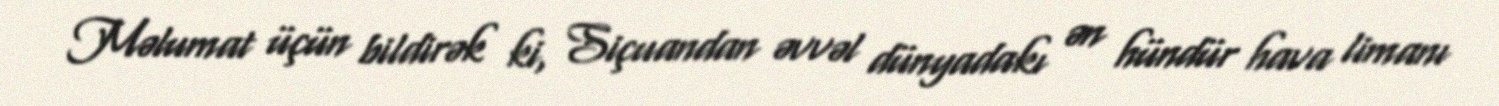
Məlumat üçün bildirək ki, Siçuandan əvvəl dünyadakı ən hündür hava limanı